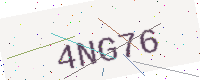
Text: 4NG76